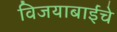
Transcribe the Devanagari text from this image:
विजयाबाईंचे